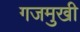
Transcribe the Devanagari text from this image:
गजमुखी